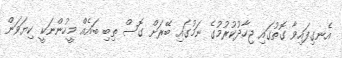
އެނގިފައިވާ ގޮތުގައި ޖިހާދުކުރުމުގެ ނަމުގައި ބޭރަށް ގޮސް ތިބި ބައެއް މީހުންނަކީ ކިޔަވަން